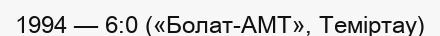
1994 — 6:0 («Болат-АМТ», Теміртау)